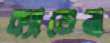
ক্যাডেনা